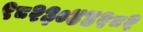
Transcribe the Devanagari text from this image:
९८२३०४४२८२